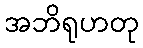
အဘိရုဟတု